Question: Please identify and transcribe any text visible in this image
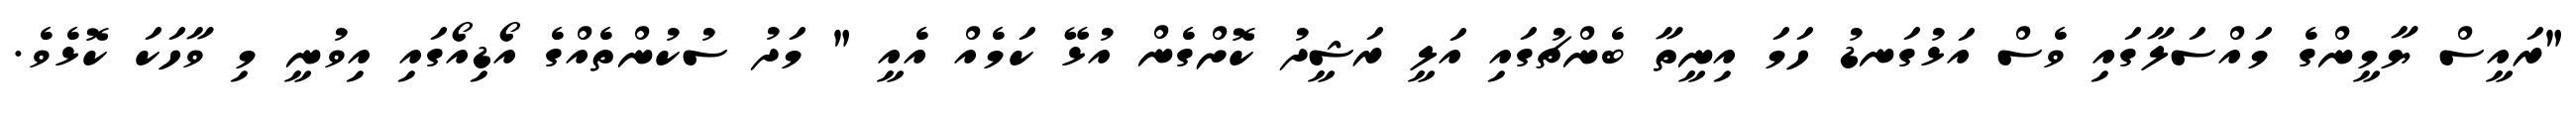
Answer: "ރައީސް ޔާމީންގެ މައްސަލާގައި ވެސް އަޅުގަނޑު ހަމަ އިނީތާ ބެންޗުގައި އަލީ ރަޝީދު ކޮށްގެން އުޅޭ ކަމެއް އެއީ " މަދު ސުކުންތެއްގެ އޯޑިއޯގައި އިވުނީ މި ވާހަކަ ކޮޅެވެ.